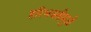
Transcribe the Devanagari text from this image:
हरिभक्तीमुळे